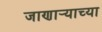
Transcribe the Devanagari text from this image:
जाणार्‍याच्या